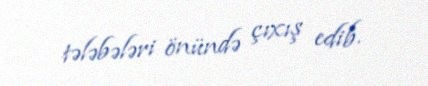
tələbələri önündə çıxış edib.